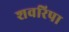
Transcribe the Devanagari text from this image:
शवरिपा